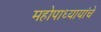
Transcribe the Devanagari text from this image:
महोपाध्यायांचे